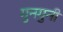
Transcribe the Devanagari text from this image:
गुनगुनी